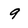
Character: 9